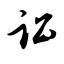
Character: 讼